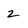
Character: 2